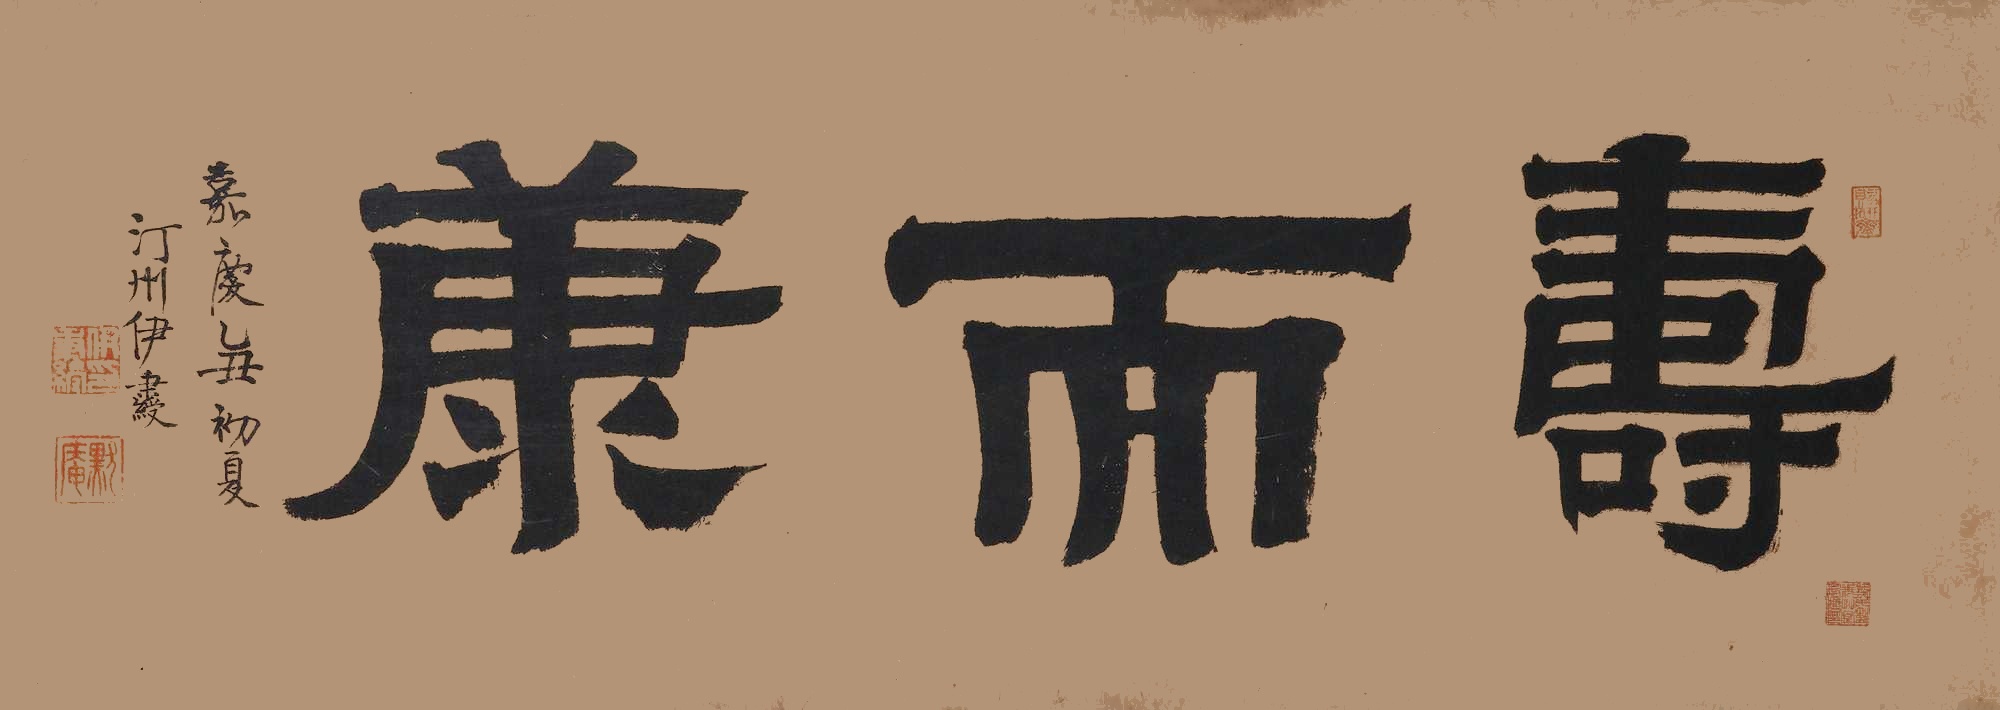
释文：寿而康。嘉庆乙丑初夏，汀州伊秉绶。